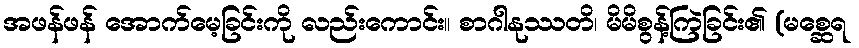
အဖန်ဖန် အောက်မေ့ခြင်းကို လည်းကောင်း။ စာဂါနုဿတိ၊ မိမိစွန့်ကြဲခြင်း၏ (မစ္ဆေရ